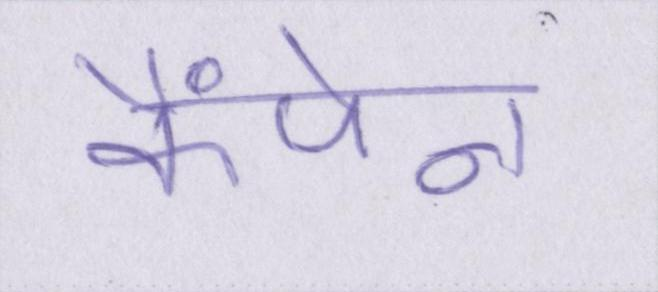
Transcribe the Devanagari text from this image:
कैंपेन